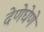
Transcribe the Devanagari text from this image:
देणेघेणे